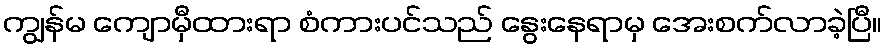
ကျွန်မ ကျောမှီထားရာ စံကားပင်သည် နွေးနေရာမှ အေးစက်လာခဲ့ပြီ။